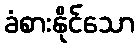
ခံစားနိုင်သော